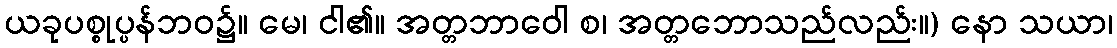
ယခုပစ္စုပ္ပန်ဘဝ၌။ မေ၊ ငါ၏။ အတ္တဘာဝေါ စ၊ အတ္တဘောသည်လည်း။) နော သယာ၊